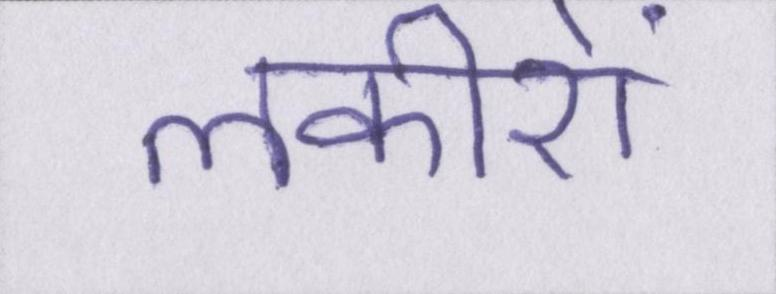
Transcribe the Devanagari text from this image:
लकीरों